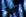
مدراء